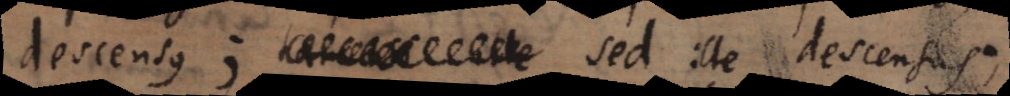
descensus; sed ille descensus